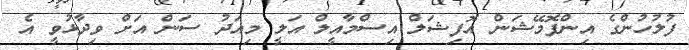
ފުލުހުންގެ އިންފޮމޭޝަން އޮފިޝަލް އިސްމާއީލް އަލީ މިއަދު ސަން އަށް ވިދާޅުވީ އެ